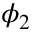
\phi _ { 2 }